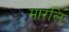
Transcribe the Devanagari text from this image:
मारलि